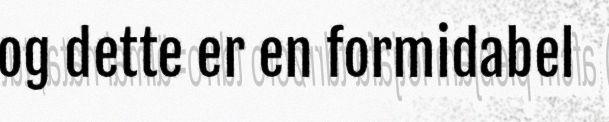
og dette er en formidabel